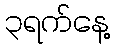
၃ရက်နေ့